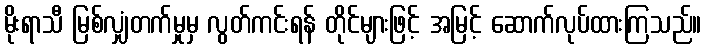
မိုးရာသီ မြစ်လျှံတက်မှုမှ လွတ်ကင်းရန် တိုင်များဖြင့် အမြင့် ဆောက်လုပ်ထားကြသည်။